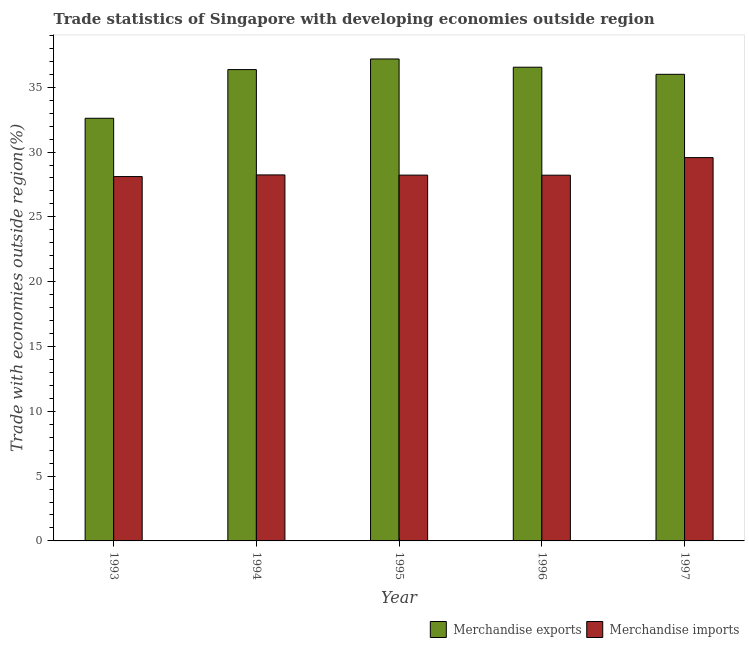
| Year | Merchandise exports | Merchandise imports |
 | --- | --- | --- |
 | 1993 | 32.6 | 28.1 |
 | 1994 | 36.4 | 28.2 |
 | 1995 | 37.2 | 28.2 |
 | 1996 | 36.5 | 28.2 |
 | 1997 | 36 | 29.6 |